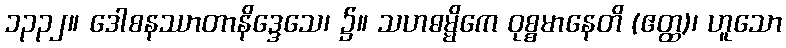
၁၃၃၂။ ဒေါစနဿာတာနိဒ္ဒေသေ၊ ၌။ သဟဓမ္မိကေ ဝုစ္စမာနေတိ (ဧတ္ထ)၊ ဟူသော